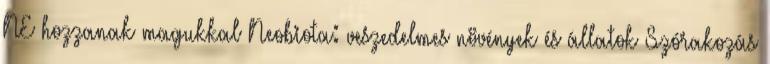
NE hozzanak magukkal Neobiota: veszedelmes növények és állatok Szórakozás